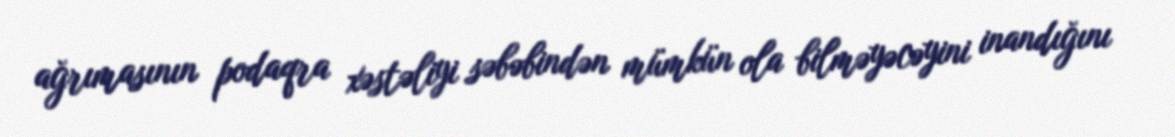
ağrımasının podaqra xəstəliyi səbəbindən mümkün ola bilməyəcəyini inandığını